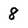
Character: 8